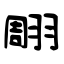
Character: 翢